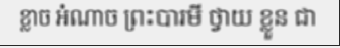
ខ្លាច អំណាច ព្រះបារមី ថ្វាយ ខ្លួន ជា